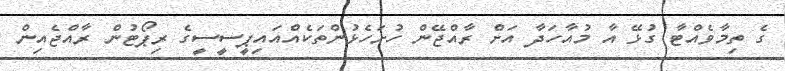
ގެ ތިމާވެއްޓާ ގުޅޭ އާ މުއާހަދާ އަށް ރާއްޖޭން ހުށަހެޅުންތަކެއްއައިޕީސީސީގެ ރިޕޯޓުން ރާއްޖެއިން